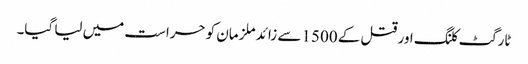
ٹارگٹ کلنگ اور قتل کے 1500 سے زائد ملزمان کو حراست میں لیا گیا۔